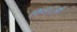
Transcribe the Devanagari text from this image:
फिल््मी